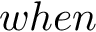
w h e n